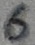
Text: 6